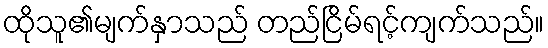
ထိုသူ၏မျက်နှာသည် တည်ငြိမ်ရင့်ကျက်သည်။